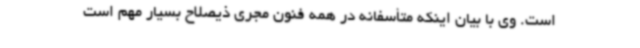
است. وی با بیان اینکه متأسفانه در همه فنون مجری ذیصلاح بسیار مهم است